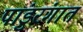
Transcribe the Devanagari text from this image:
पांडुरंगात